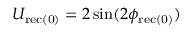
U _ { \mathrm { { r e c ( 0 ) } } } = 2 \sin ( 2 \phi _ { \mathrm { { r e c ( 0 ) } } } )